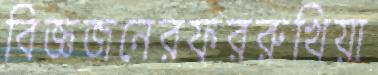
বিজ্ঞজনেরফররুখিয়া